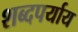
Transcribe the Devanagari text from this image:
शब्दपर्याय